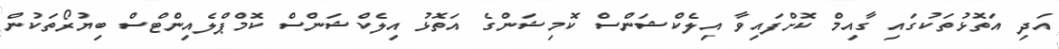
އަދި އަތޮޅުތަކުގައި ގާއިމް ކޮށްފައިވާ އިލެކްޝަންސް ކޮމިޝަންގެ އަތޮޅު އިލެކްޝަންސް ކޮމްޕްލެއިންޓްސް ބިޔުރޯތަކުން